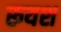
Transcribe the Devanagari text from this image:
रूयश